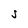
Character: S